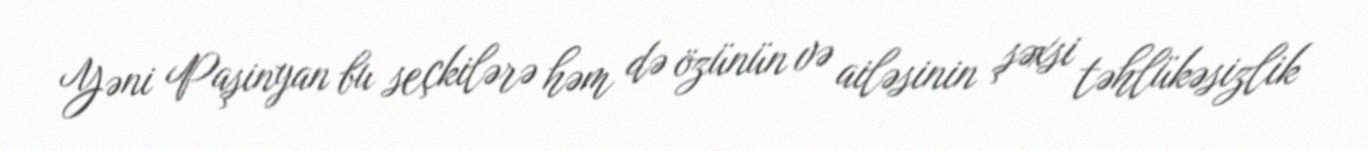
Yəni Paşinyan bu seçkilərə həm də özünün və ailəsinin şəxsi təhlükəsizlik